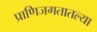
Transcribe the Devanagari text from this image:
प्राणिजगतातल्या